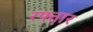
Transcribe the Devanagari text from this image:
रफ्त़ार